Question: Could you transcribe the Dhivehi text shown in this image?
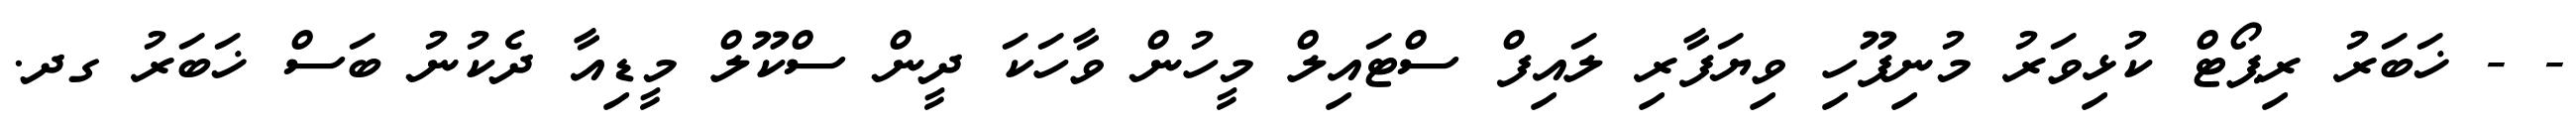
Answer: - - ޚަބަރު ރިޕޯޓް ކުޅިވަރު މުނިފޫހި ވިޔަފާރި ލައިފް ސްޓައިލް މީހުން ވާހަކަ ދީން ސްކޫލް މީޑިއާ ދެކުނު ބަސް ޚަބަރު ގދ.